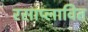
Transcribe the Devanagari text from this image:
रसाप्लावित